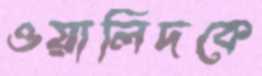
ওয়ালিদকে